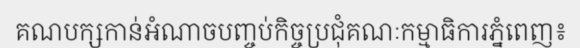
គណបក្សកាន់អំណាចបញ្ចប់កិច្ចប្រជុំគណៈកម្មាធិការភ្នំពេញ៖